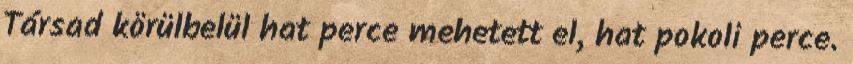
Társad körülbelül hat perce mehetett el, hat pokoli perce.